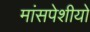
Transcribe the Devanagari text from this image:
मांसपेशीयो